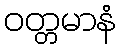
ဝတ္တမာနံ